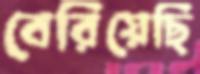
বেরিয়েছি